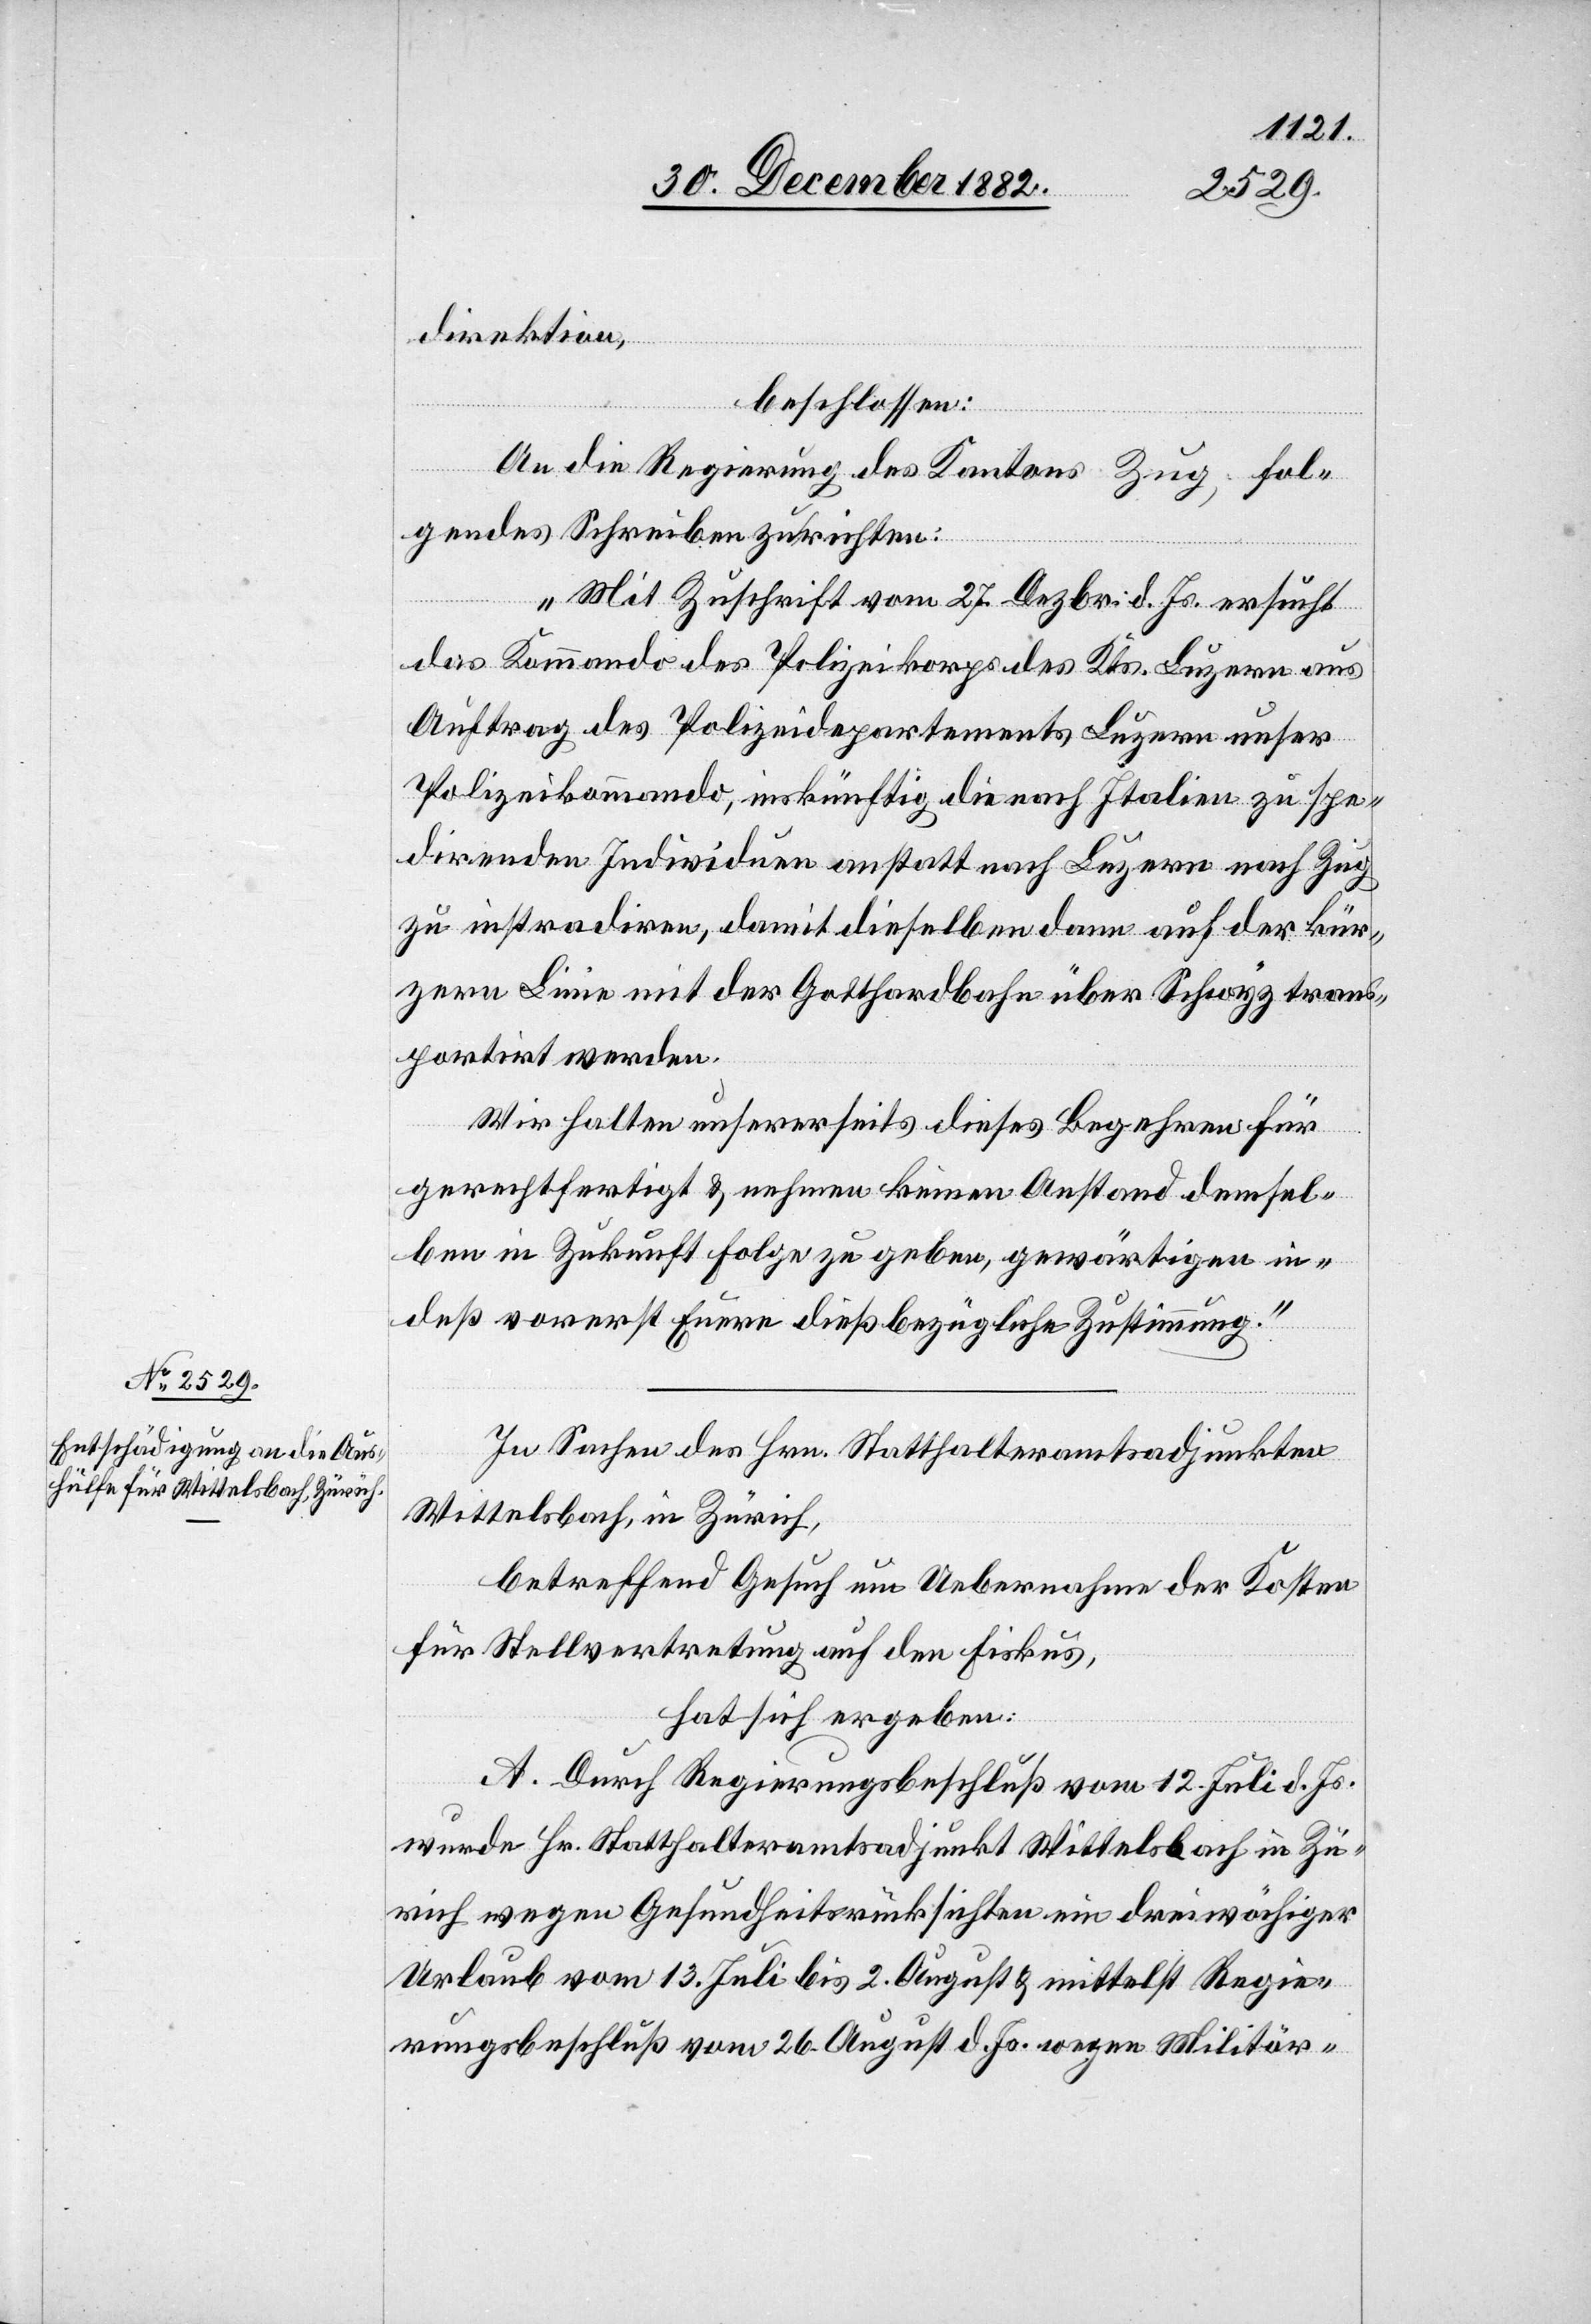
direktion,
beschlossen:
An die Regierung des Kantons Zug, fol¬
gendes Schreiben zu richten:
„Mit Zuschrift vom 27. Dezbr. d. Js. ersucht
das Kommando des Polizeikorps des Kts. Luzern aus
Auftrag des Polizeidepartements Luzern unser
Polizeikommando, inskünftig die nach Italien zu spe¬
direnden Individuen anstatt nach Luzern nach Zug
zu instradiren, damit dieselben dann auf der kür¬
zern Linie mit der Gotthardbahn über Schwyz trans¬
portirt werden.
Wir halten unsererseits dieses Begehren für
gerechtfertigt & nehmen keinen Anstand demsel¬
ben in Zukunft Folge zu geben, gewärtigen in¬
deß vorerst Euere dießbezügliche Zustimmung.“
In Sachen des Hrn. Statthalteramtsadjunkten
Wittelsbach, in Zürich,
betreffend Gesuch um Uebernahme der Kosten
für Stellvertretung auf den Fiskus,
hat sich ergeben:
A. Durch Regierungsbeschluß vom 12. Juli d. Js.
wurde Hr. Statthalteramtsadjunkt Wittelsbach in Zü¬
rich wegen Gesundheitsrücksichten ein dreiwöchiger
Urlaub vom 13. Juli bis 2. August & mittelst Regie¬
rungsbeschluß vom 26. August d. Js. wegen Militär-